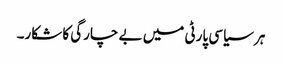
ہر سیاسی پارٹی میں بے چارگی کا شکار۔